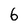
Character: 6